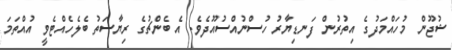
ޝުޖޫން މުހައްމަދުގެ އިތުރުން ފަނޑިޔާރު ހުސްނުއްސުއޫދެވެ. އެ ބެންޗުގެ ރިޔާސަތު ބެލެހެއްޓެވީ އުއްތަމަ